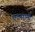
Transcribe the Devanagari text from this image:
एतसामी